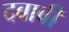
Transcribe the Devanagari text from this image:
दबावी